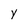
Character: y